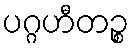
ပဂ္ဂဟီတဉ္စ